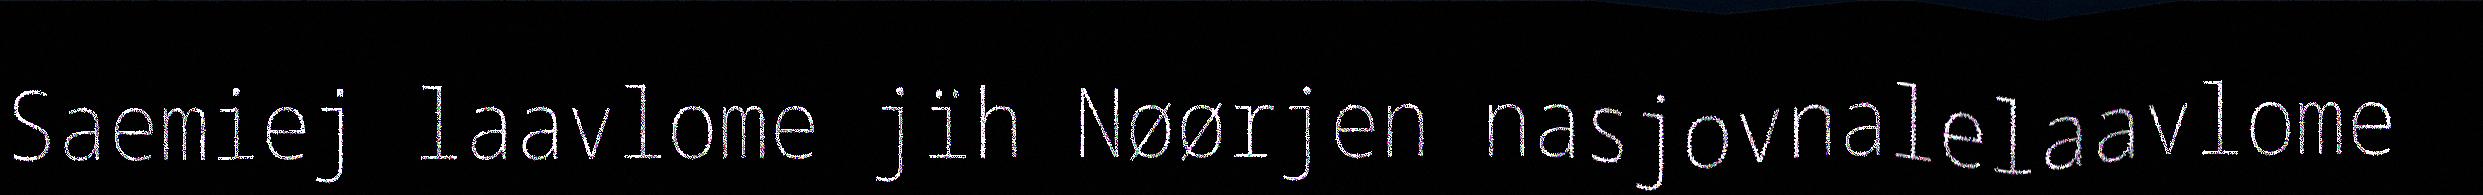
Saemiej laavlome jïh Nøørjen nasjovnalelaavlome